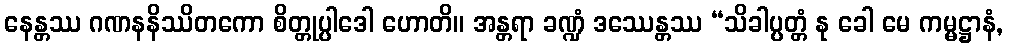
နေန္တဿ ဂဏနနိဿိတကော စိတ္တုပ္ပါဒေါ ဟောတိ။ အန္တရာ ခဏ္ဍံ ဒဿေန္တဿ “သိခါပ္ပတ္တံ နု ခေါ မေ ကမ္မဋ္ဌာနံ,